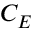
C _ { E }